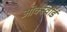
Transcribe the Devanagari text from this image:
ओक्स्वोर्ड